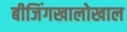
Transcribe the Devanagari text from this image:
बीजिंगखालोखाल